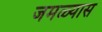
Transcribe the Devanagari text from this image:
जमळ्यास